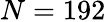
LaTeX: N=192